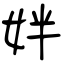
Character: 姅